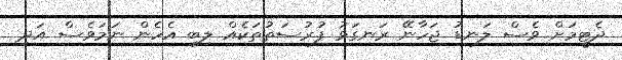
ދެޓީމަށް ވެސް ލަނޑު ޖަހާނޭ ރަނގަޅު ފުރުސަތުތަކެއް ލިބި އެހެން ނަމަވެސް އަދި